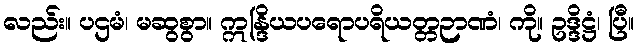
လည်း။ ပဌမံ၊ မဆွစွာ။ ဣန္ဒြိယပရောပရိယတ္တဉာဏံ၊ ကို။ ဥဒ္ဒိဋ္ဌံ၊ ပြီ။